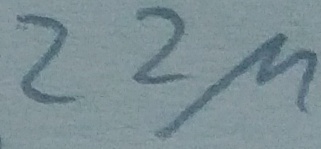
Text: 22µF